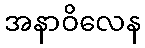
အနာဝိလေန